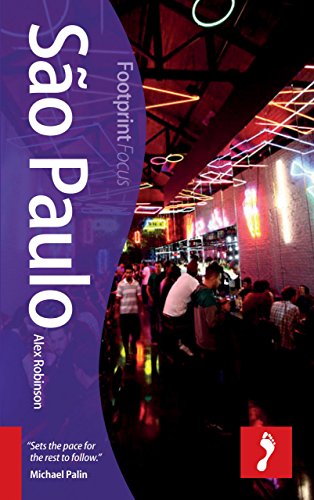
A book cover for Sao Paulo Focus Guide (Footprint Focus); Alex Robinson; Travel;